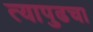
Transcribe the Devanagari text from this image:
त्यापुढचा